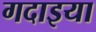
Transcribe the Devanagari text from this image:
गदाइया